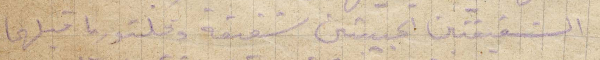
الشقيقتين الحبيبتين شفيقة وفكتوريا قبلهما